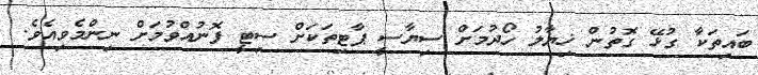
ބައިތަކާ ގުޅޭ ގޮތުން ޚިޔާލު ހޯދުމަށް ސިޔާސީ ޕާޓިތަކަށް ސިޓީ ފޮނުއްވުމަށް ނިންމެވިއެވެ.